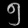
Digit: ၅